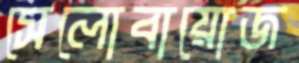
সেলোবায়োজ